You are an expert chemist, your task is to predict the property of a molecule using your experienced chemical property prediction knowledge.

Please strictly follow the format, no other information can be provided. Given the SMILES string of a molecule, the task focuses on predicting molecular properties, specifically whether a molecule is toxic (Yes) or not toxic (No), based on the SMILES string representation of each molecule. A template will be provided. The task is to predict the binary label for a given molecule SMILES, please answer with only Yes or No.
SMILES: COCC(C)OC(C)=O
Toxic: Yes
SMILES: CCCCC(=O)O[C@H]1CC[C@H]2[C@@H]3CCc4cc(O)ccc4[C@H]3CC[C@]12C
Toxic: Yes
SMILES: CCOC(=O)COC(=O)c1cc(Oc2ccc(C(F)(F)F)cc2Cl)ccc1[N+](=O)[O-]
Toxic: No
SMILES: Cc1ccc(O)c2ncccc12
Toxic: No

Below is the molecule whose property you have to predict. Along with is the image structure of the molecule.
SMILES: N#Cc1ccncc1
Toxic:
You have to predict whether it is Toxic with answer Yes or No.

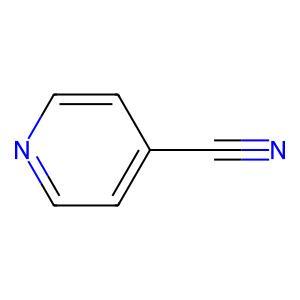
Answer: No